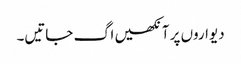
دیواروں پر آنکھیں اگ جاتیں۔